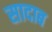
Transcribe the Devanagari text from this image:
सादाब